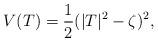
LaTeX: \begin{align*}V(T) = \frac12 (|T|^2-\zeta)^2, \end{align*}